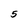
Character: 5